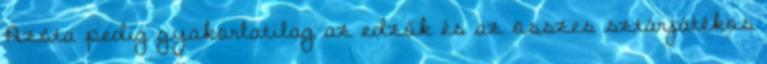
Azóta pedig gyakorlatilag az edzők és az összes sztárjátékos